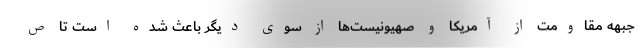
جبهه مقاومت از آمریکا و صهیونیست‌ها از سوی دیگر باعث شده است تا ص